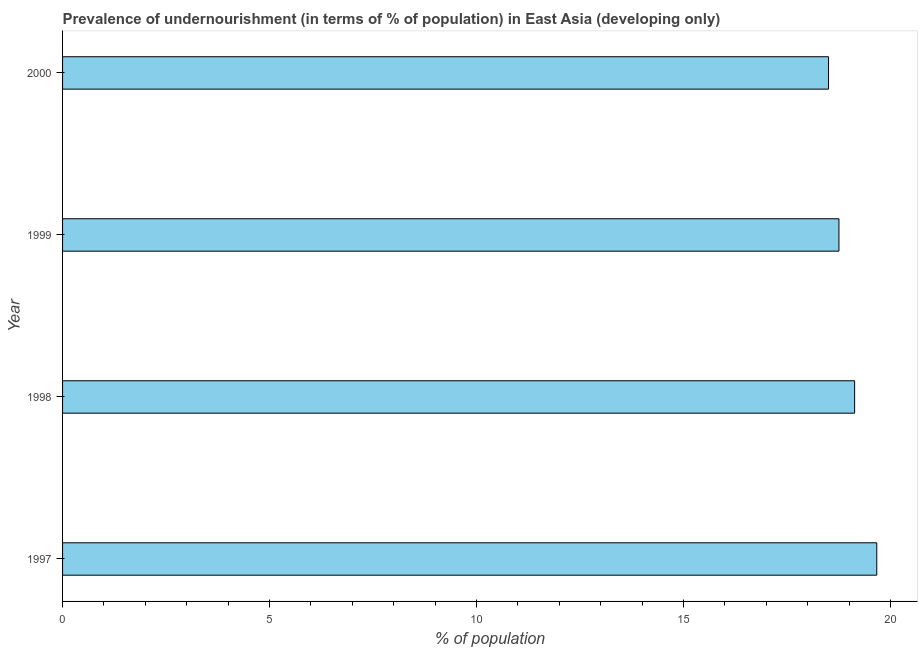
| Year | Prevalence of undernourishment |
 | --- | --- |
 | 1997 | 19.7 |
 | 1998 | 19.1 |
 | 1999 | 18.8 |
 | 2000 | 18.5 |